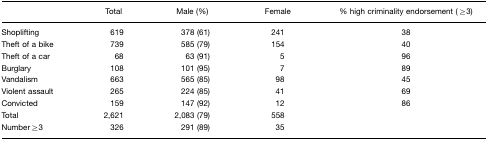
<table><thead><tr><td></td><td><b>Total</b></td><td><b>Male (%)</b></td><td><b>Female</b></td><td><b>% high criminality endorsement (≥3)</b></td></tr></thead><tbody><tr><td>Shoplifting</td><td>619</td><td>378 (61)</td><td>241</td><td>38</td></tr><tr><td>Theft of a bike</td><td>739</td><td>585 (79)</td><td>154</td><td>40</td></tr><tr><td>Theft of a car</td><td>68</td><td>63 (91)</td><td>5</td><td>96</td></tr><tr><td>Burglary</td><td>108</td><td>101 (95)</td><td>7</td><td>89</td></tr><tr><td>Vandalism</td><td>663</td><td>565 (85)</td><td>98</td><td>45</td></tr><tr><td>Violent assault</td><td>265</td><td>224 (85)</td><td>41</td><td>69</td></tr><tr><td>Convicted</td><td>159</td><td>147 (92)</td><td>12</td><td>86</td></tr><tr><td>Total</td><td>2,621</td><td>2,083 (79)</td><td>558</td><td></td></tr><tr><td>Number≥3</td><td>326</td><td>291 (89)</td><td>35</td><td></td></tr></tbody></table>